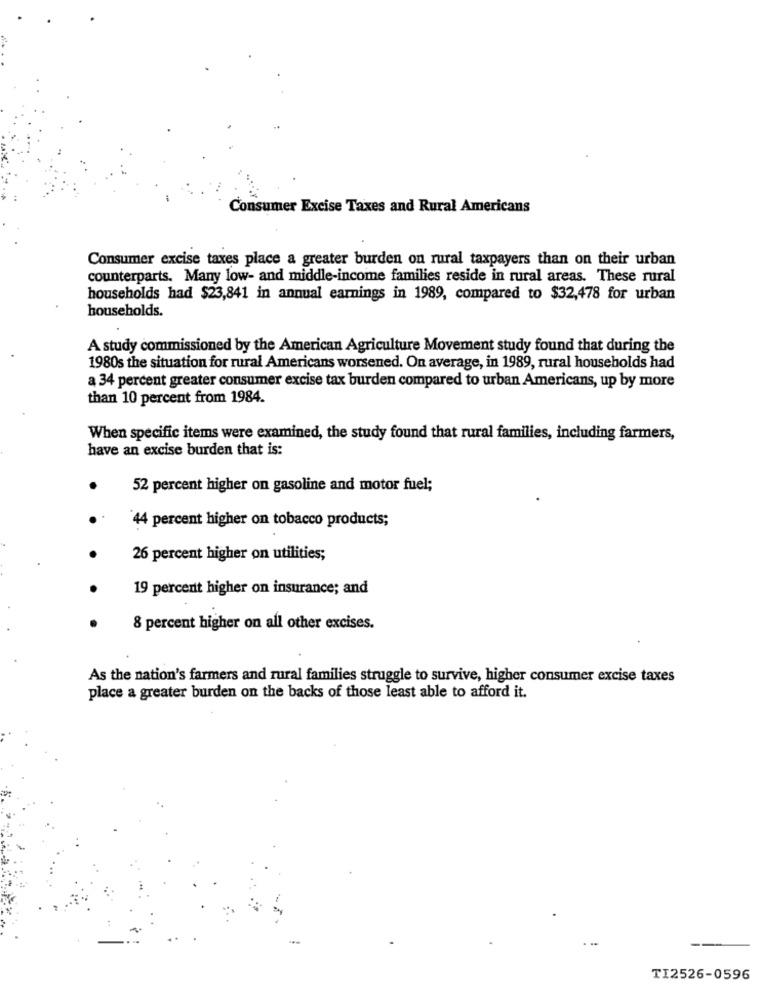
Consumer Excise Taxes and Rural Americans
Consumer excise taxes place a greater burden on rural taxpayers than on their urban
counterparts. Many low- and middle-income families reside in rural areas. These rural
households had $23,841 in annual earnings in 1989, compared to $32,478 for urban
households.
A study commissioned by the American Agriculture Movement study found that during the
1980s the situation for rural Americans worsened. On average, in 1989, rural households had
a 34 percent greater consumer excise tax burden compared to urban Americans, up by more
than 10 percent from 1984.
When specific items were examined, the study found that rural families, including farmers,
have an excise burden that is:
52 percent higher on gasoline and motor fuel;
44 percent higher on tobacco products;
26 percent higher on utilities;
19 percent higher on insurance; and
8 percent higher on all other excises.
As the nation's farmers and rural families struggle to survive, higher consumer excise taxes
place a greater burden on the backs of those least able to afford it.
TI2526-0596